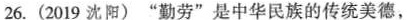
26.(2019沈阳)”勤劳”是中华民族的传统美德，